Leaving Certificate Examination (including Day School Certificate (Higher) General paper), 1938
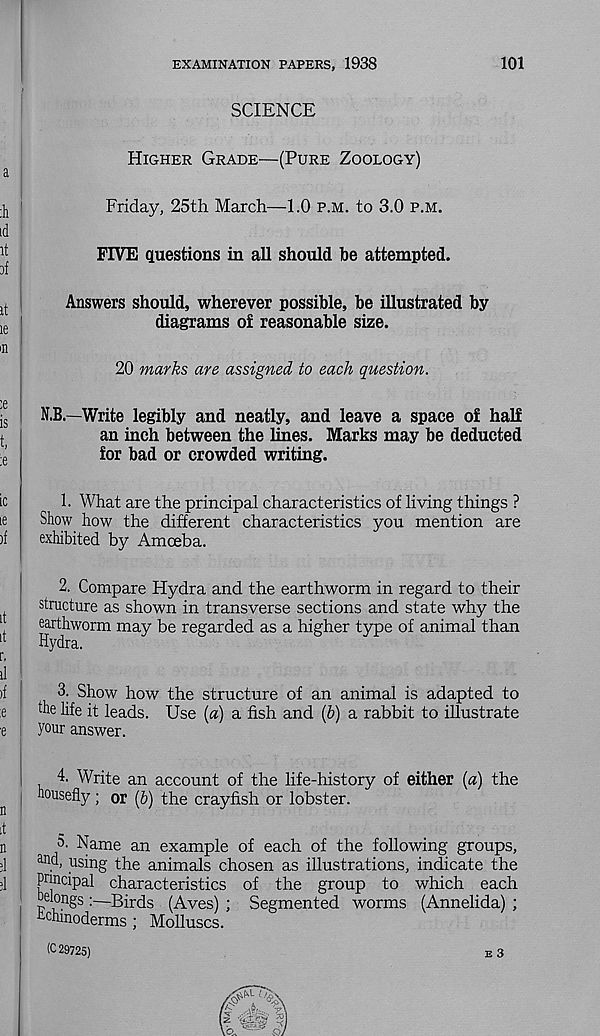
EXAMINATION PAPERS, 1938
101
SCIENCE
Higher Grade—(Pure Zoology)
Friday, 25th March—1.0 p.m. to 3.0 p.m.
FIVE questions in all should be attempted.
Answers should, wherever possible, be illustrated by
diagrams of reasonable size.
20 marks are assigned to each question.
N.B.—Write legibly and neatly, and leave a space of half
an inch between the lines. Marks may be deducted
for bad or crowded writing.
1. What are the principal characteristics of living things ?
Show how the different characteristics you mention are
exhibited by Amoeba.
2. Compare Hydra and the earthworm in regard to their
structure as shown in transverse sections and state why the
earthworm may be regarded as a higher type of animal than
Hydra.
3. Show how the structure of an animal is adapted to
the life it leads. Use (a) a fish and (6) a rabbit to illustrate
your answer.
4. Write an account of the life-history of either (a) the
housefly ; or (6) the crayfish or lobster.
5. Name an example of each of the following groups,
anc h using the animals chosen as illustrations, indicate the
Principal characteristics of the group to which each
belongs :—Birds (Aves) ; Segmented worms (Annelida) ;
h-chmoderms ; Molluscs.
(029725)
e 3